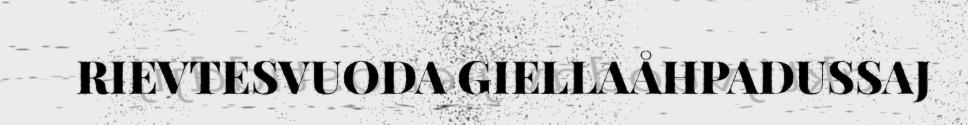
RIEVTESVUODA GIELLAÅHPADUSSAJ